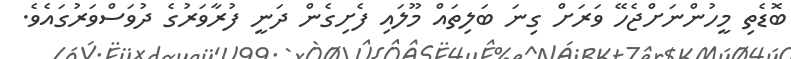
ބޮޑެތި މީހުންނަށްޖެހޭ ވަރަށް ގިނަ ބަލިތައް މޫލައި ފެށިގެން ދަނީ ފުރާވަރުގެ ދުވަސްވަރުގައެވެ.